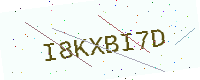
Text: I8KXBI7D